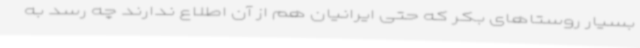
بسیار روستاهای بکر که حتی ایرانیان هم از آن اطلاع ندارند چه رسد به